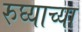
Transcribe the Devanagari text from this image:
रुघ्याच्या